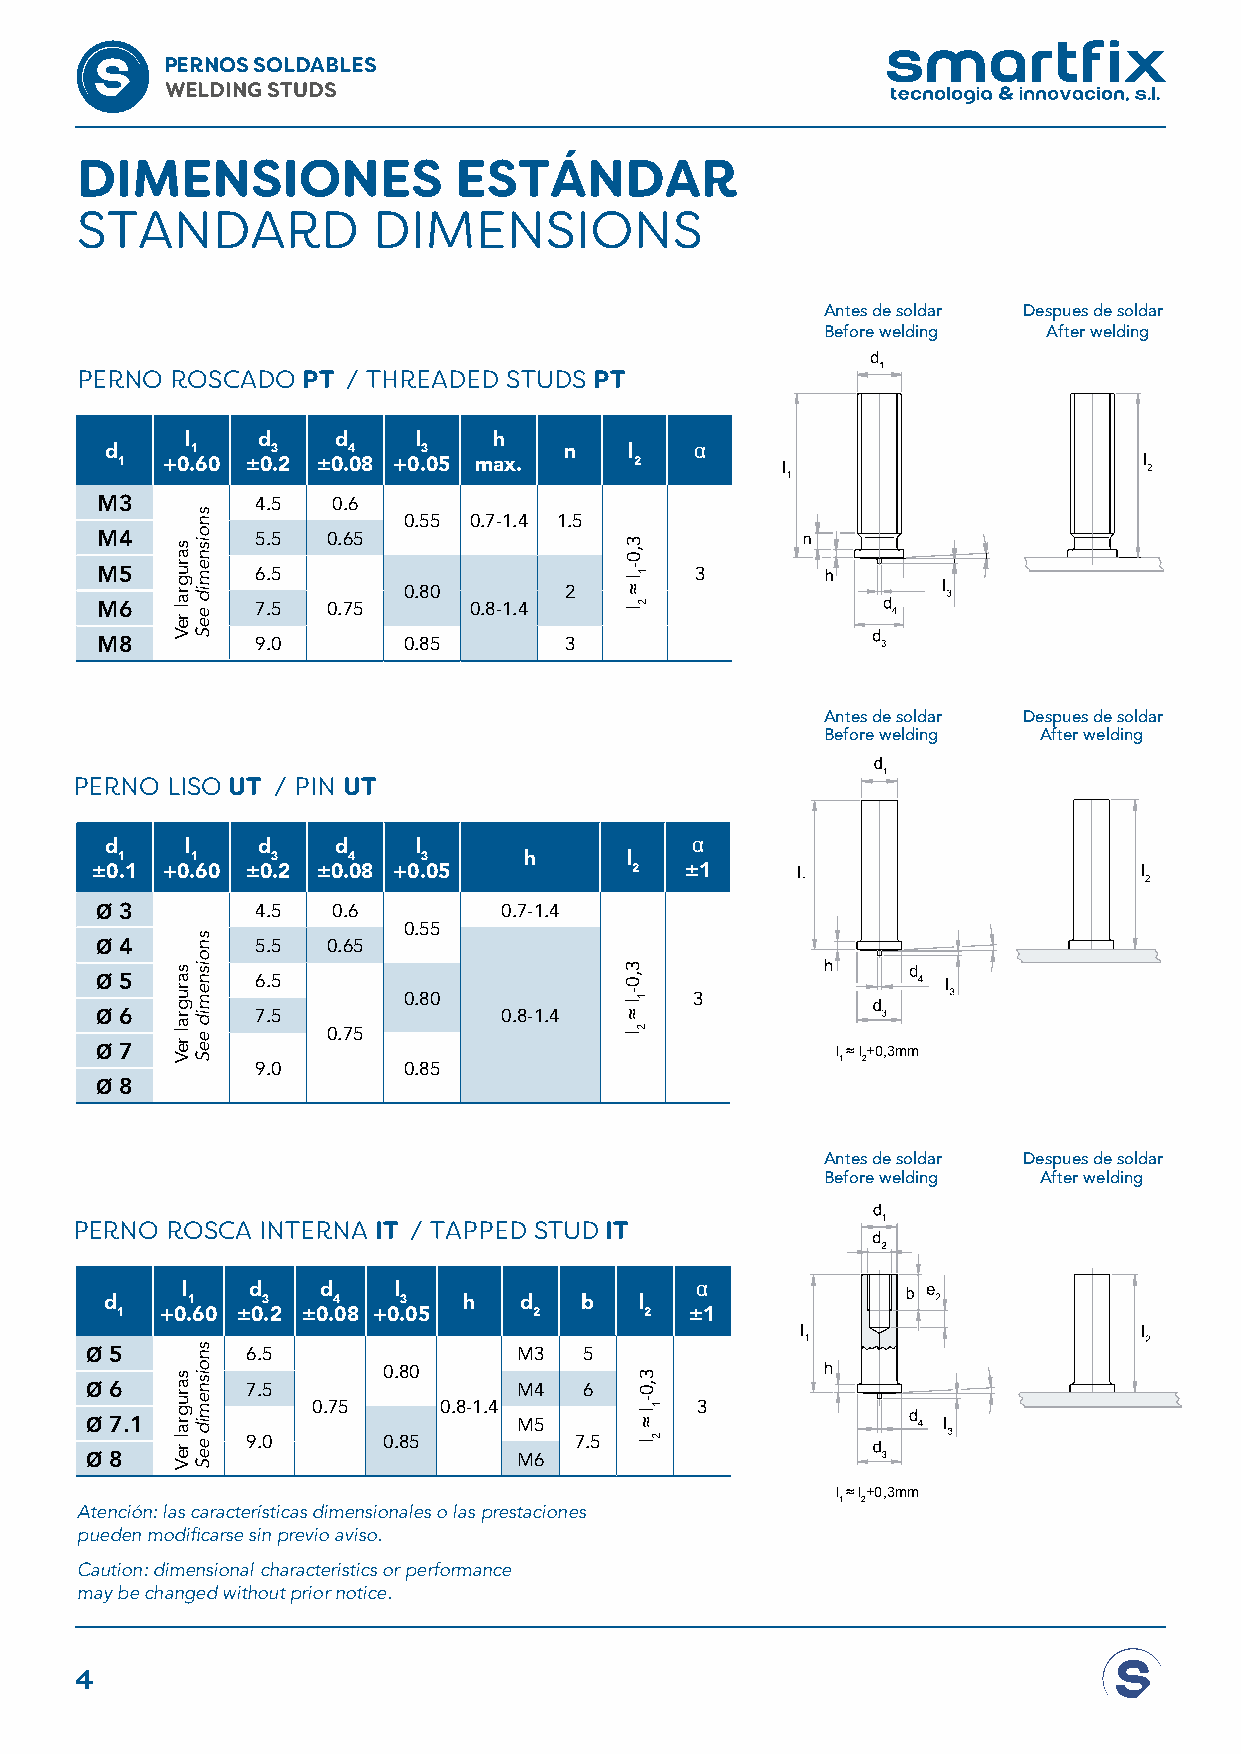
PERNOS SOLDABLES
 WELDING STUDS
 DIMENSIONES              ESTÁNDAR
 STANDARD            DIMENSIONS
 Antes de soldar Despues de soldar
 Before welding After welding
 PERNO ROSCADO  PT / THREADED STUDS PT
 l    d    d     l    h
 d     1    3    4    3        n    l   α
 1  +0.60 ±0.2 ±0.08 +0.05 max.    2
 M3         4.5  0.6
 0.55 0.7-1.4 1.5
 M4         5.5  0.65
 M5         6.5                          3
 0.80      2
 M6         7.5  0.75     0.8-1.4
 M8         9.0       0.85      3
 Antes de soldar Despues de soldar
 Before welding After welding
 PERNO LISO UT / PIN UT
 d    l    d    d     l                 α
 1    1    3    4    3      h     l
 ±0.1 +0.60 ±0.2 ±0.08 +0.05         2  ±1
 Ø 3        4.5  0.6        0.7-1.4
 0.55
 Ø 4        5.5  0.65
 Ø 5        6.5
 0.80               3
 Ø 6        7.5             0.8-1.4
 0.75 Ø 7                         l ≈ l+0,3mm
 1 2
 9.0       0.85
 Ø 8
 Antes de soldar Despues de soldar
 Before welding After welding
 PERNO ROSCA INTERNA IT / TAPPED STUD IT
 l   d    d    l                   α
 d    1    3    4   3    h  d   b   l
 1  +0.60 ±0.2 ±0.08 +0.05  2       2  ±1
 Ø 5       6.5               M3   5
 0.80
 Ø 6       7.5               M4   6
 0.75    0.8-1.4          3
 Ø 7.1                       M5
 9.0      0.85         7.5
 Ø 8                         M6
 l ≈ l+0,3mm
 1 2
 Atención: las características dimensionales o las prestaciones
 pueden modificarse sin previo aviso.
 Caution: dimensional characteristics or performance
 may be changed without prior notice.
 4
 sarugral
 reV
 sarugral
 reV
 sarugral
 reV
 snoisnemid
 eeS
 snoisnemid
 eeS
 snoisnemid
 eeS
 3,0-l
 ≈
 l
 3,0-l
 ≈
 l
 1
 2
 1
 2
 3,0-l
 ≈
 l
 1
 2